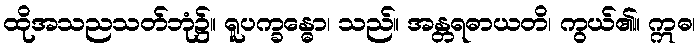
ထိုအသညသတ်ဘုံ၌။ ရူပက္ခန္ဓော၊ သည်။ အန္တရဓာယတိ၊ ကွယ်၏။ ဣဓ၊